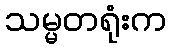
သမ္မတရုံးက